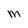
Character: M